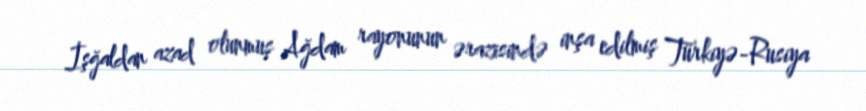
İşğaldan azad olunmuş Ağdam rayonunun ərazisində inşa edilmiş Türkiyə-Rusiya